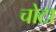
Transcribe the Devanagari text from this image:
चोटा